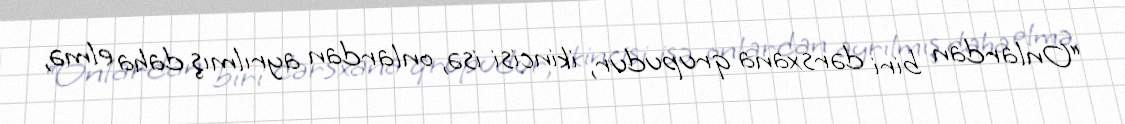
“Onlardan biri dərsxana qrupudur, ikincisi isə, onlardan ayrılmış daha elmə,